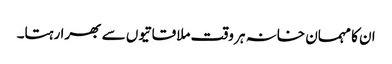
ان کا مہمان خانہ ہر وقت ملاقاتیوں سے بھرا رہتا۔